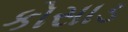
કોસાડ